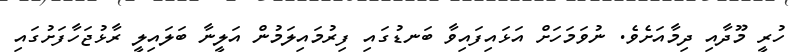
ހުރީ މޫދާއި ދިމާއަށެވެ. ނުވަމަހަށް އަޅައިފައިވާ ބަނޑުގައި ފިރުމައިލަމުން އަލީނާ ބަލައިލީ ރާޅުޖަހާފަށުގައި